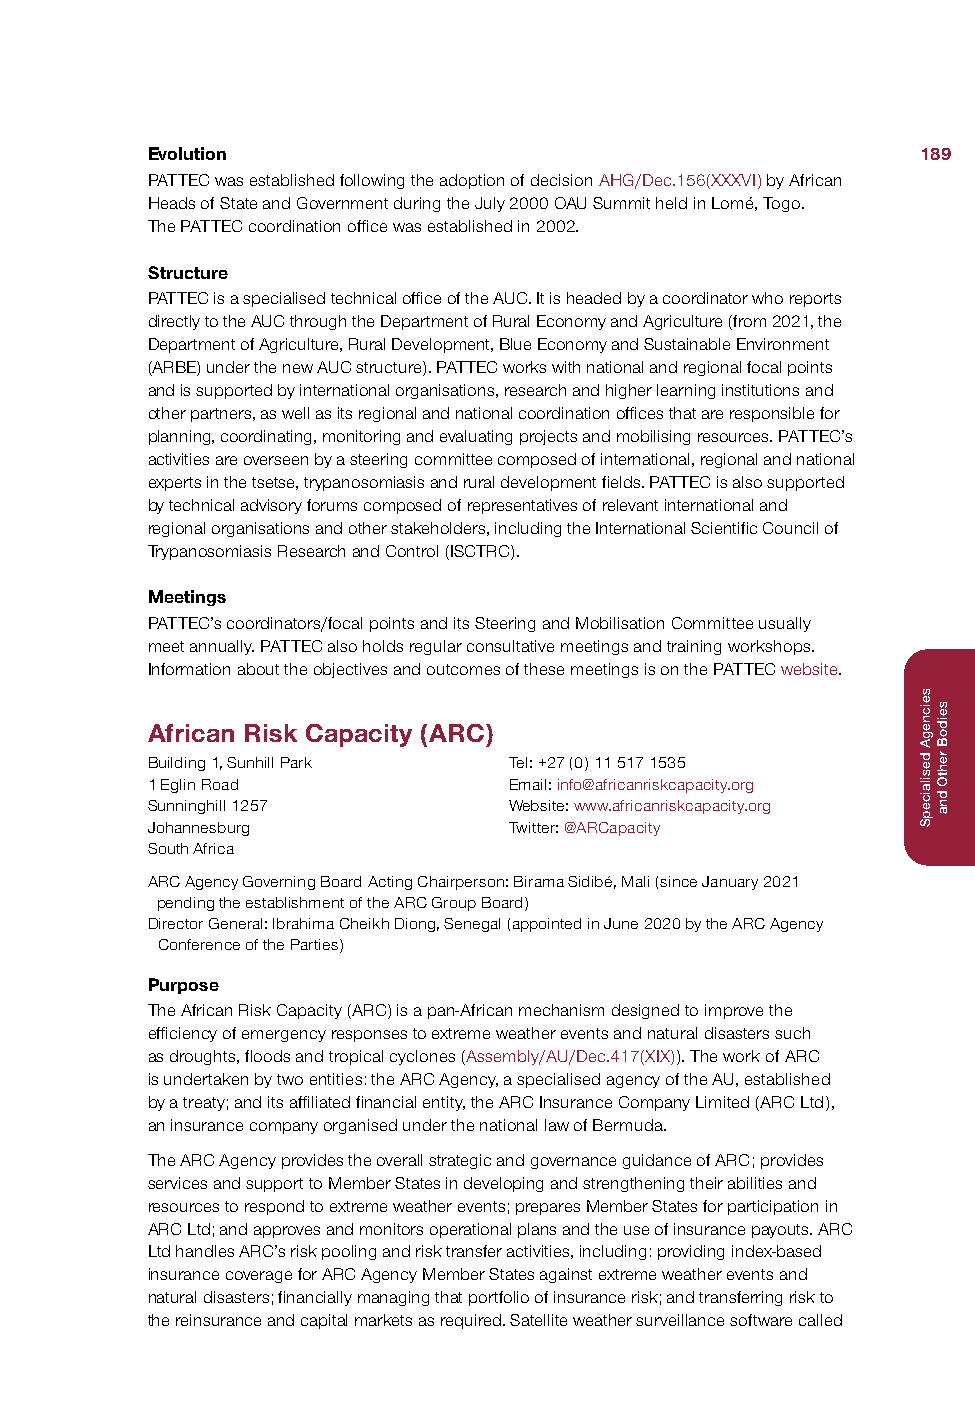
Evolution                                          189
 PATTEC was established following the adoption of decision AHG/Dec.156(XXXVI) by African
 Heads of State and Government during the July 2000 OAU Summit held in Lomé, Togo.
 The PATTEC coordination office was established in 2002.
 Structure
 PATTEC is a specialised technical office of the AUC. It is headed by a coordinator who reports
 directly to the AUC through the Department of Rural Economy and Agriculture (from 2021, the
 Department of Agriculture, Rural Development, Blue Economy and Sustainable Environment
 (ARBE) under the new AUC structure). PATTEC works with national and regional focal points
 and is supported by international organisations, research and higher learning institutions and
 other partners, as well as its regional and national coordination offices that are responsible for
 planning, coordinating, monitoring and evaluating projects and mobilising resources. PATTEC’s
 activities are overseen by a steering committee composed of international, regional and national
 experts in the tsetse, trypanosomiasis and rural development fields. PATTEC is also supported
 by technical advisory forums composed of representatives of relevant international and
 regional organisations and other stakeholders, including the International Scientific Council of
 Trypanosomiasis Research and Control (ISCTRC).
 Meetings
 PATTEC’s coordinators/focal points and its Steering and Mobilisation Committee usually
 meet annually. PATTEC also holds regular consultative meetings and training workshops.
 Information about the objectives and outcomes of these meetings is on the PATTEC website.
 African Risk Capacity (ARC)
 Building 1, Sunhill Park Tel: +27 (0) 11 517 1535
 1 Eglin Road            Email: info@africanriskcapacity.org
 Sunninghill 1257        Website: www.africanriskcapacity.org
 Johannesburg            Twitter: @ARCapacity
 South Africa
 ARC Agency Governing Board Acting Chairperson: Birama Sidibé, Mali (since January 2021
 pending the establishment of the ARC Group Board)
 Director General: Ibrahima Cheikh Diong, Senegal (appointed in June 2020 by the ARC Agency
 Conference of the Parties)
 Purpose
 The African Risk Capacity (ARC) is a pan-African mechanism designed to improve the
 efficiency of emergency responses to extreme weather events and natural disasters such
 as droughts, floods and tropical cyclones (Assembly/AU/Dec.417(XIX)). The work of ARC
 is undertaken by two entities: the ARC Agency, a specialised agency of the AU, established
 by a treaty; and its affiliated financial entity, the ARC Insurance Company Limited (ARC Ltd),
 an insurance company organised under the national law of Bermuda.
 The ARC Agency provides the overall strategic and governance guidance of ARC; provides
 services and support to Member States in developing and strengthening their abilities and
 resources to respond to extreme weather events; prepares Member States for participation in
 ARC Ltd; and approves and monitors operational plans and the use of insurance payouts. ARC
 Ltd handles ARC’s risk pooling and risk transfer activities, including: providing index-based
 insurance coverage for ARC Agency Member States against extreme weather events and
 natural disasters; financially managing that portfolio of insurance risk; and transferring risk to
 the reinsurance and capital markets as required. Satellite weather surveillance software called
 seicnegA
 desilaicepS
 seidoB
 rehtO
 dna